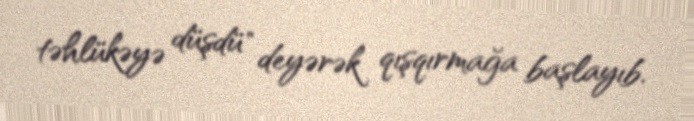
təhlükəyə düşdü" deyərək qışqırmağa başlayıb.